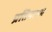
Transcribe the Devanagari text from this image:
प्रतिपात्रम